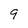
Character: 9